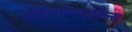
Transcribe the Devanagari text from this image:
प्रोटियोग्लाईकैन्स